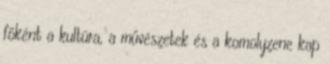
főként a kultúra, a művészetek és a komolyzene kap